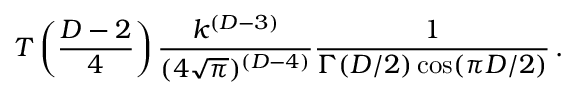
T \left( { \frac { D - 2 } { 4 } } \right) { \frac { k ^ { ( D - 3 ) } } { ( 4 \sqrt { \pi } ) ^ { ( D - 4 ) } } } { \frac { 1 } { \Gamma ( D / 2 ) \cos ( \pi D / 2 ) } } \, .